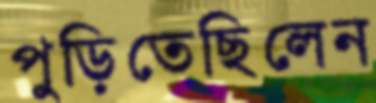
পুড়িতেছিলেন